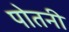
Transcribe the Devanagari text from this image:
पोतनी